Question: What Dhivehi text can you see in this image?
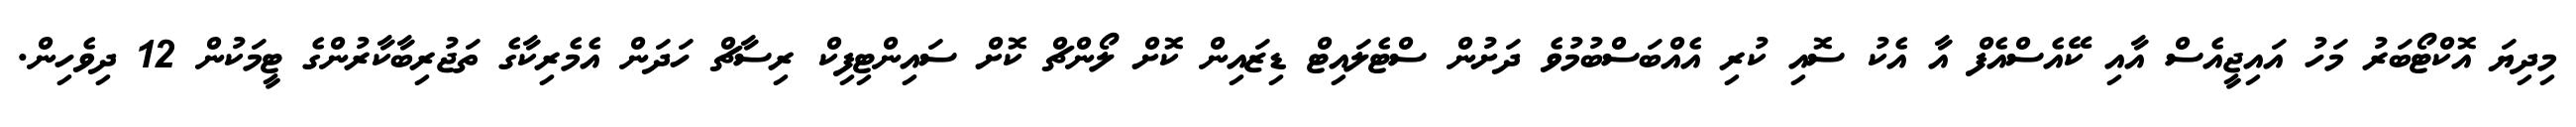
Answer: މިދިޔަ އޮކްޓޯބަރު މަހު އައިޖީއެސް އާއި ކޭއެސްއެފް އާ އެކު ސޮއި ކުރި އެއްބަސްބުމުވެ ދަށުން ސްޓެލައިޓް ޑިޒައިން ކޮށް ލޯންޗް ކޮށް ސައިންޓިފިކް ރިސާޗް ހަދަން އެމެރިކާގެ ތަޖުރިބާކާރުންގެ ޓީމަކުން 12 ދިވެހިން.